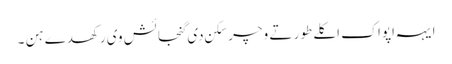
ایہہ اپواک اکلے طور تے وچر سکن دی گنجائش وی رکھدے ہن ۔